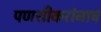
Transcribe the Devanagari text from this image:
पणशीकरांनाच